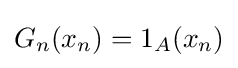
G_{n}(x_{n})=1_{A}(x_{n})